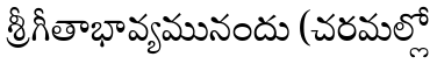
శ్రీగీతాభావ్యమునందు (చరమల్లో